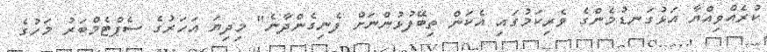
ކުރެއްވިއްޔާ އަޅުގަނޑުމެންގެ ވެރިކަމުގައި އެކަން ތިބޭފުޅުންނަށް ފެނިގެންދާނެ" މިދިޔަ އަހަރުގެ ސެޕްޓެމްބަރު މަހުގެ